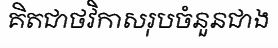
គិតជាថវិកាសរុបចំនួនជាង